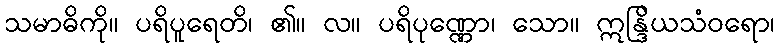
သမာဓိကို။ ပရိပူရေတိ၊ ၏။ လ။ ပရိပုဏ္ဏော၊ သော။ ဣန္ဒြိယသံဝရော၊